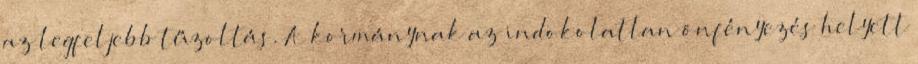
az legfeljebb tűzoltás. A kormánynak az indokolatlan önfényezés helyett